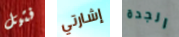
فتيل إشارتي الجدة